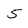
Character: 5